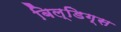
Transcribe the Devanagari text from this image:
बिल्डिग्स